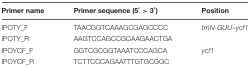
| Primer name | Primer sequence (5′ > 3′) | Position |
 | --- | --- | --- |
 | IPOTY_F | TAACGGTCAAAGCGAGCCCC | trnN-GUU–ycf1 |
 | IPOTY_R | AAGTCCAGCCGCAAGAACTGA |  |
 | IPOYCF_F | GGTCGCGGTAAATCCCAGCA | ycf1 |
 | IPOYCF_R | TCTTCCCAGAATTTGTGCGGC |  |